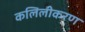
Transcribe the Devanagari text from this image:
कलिलीकरण